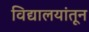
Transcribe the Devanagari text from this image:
विद्यालयांतून